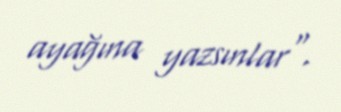
ayağına yazsınlar".